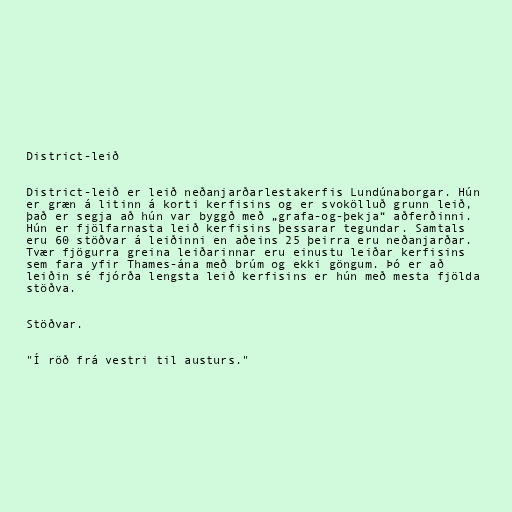
District-leið

District-leið er leið neðanjarðarlestakerfis Lundúnaborgar. Hún
er græn á litinn á korti kerfisins og er svokölluð grunn leið,
það er segja að hún var byggð með „grafa-og-þekja“ aðferðinni.
Hún er fjölfarnasta leið kerfisins þessarar tegundar. Samtals
eru 60 stöðvar á leiðinni en aðeins 25 þeirra eru neðanjarðar.
Tvær fjögurra greina leiðarinnar eru einustu leiðar kerfisins
sem fara yfir Thames-ána með brúm og ekki göngum. Þó er að
leiðin sé fjórða lengsta leið kerfisins er hún með mesta fjölda
stöðva.

Stöðvar.

"Í röð frá vestri til austurs."